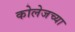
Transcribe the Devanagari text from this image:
कोलेजच्या